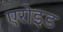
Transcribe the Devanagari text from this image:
एरोइड